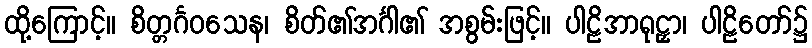
ထို့ကြောင့်။ စိတ္တင်္ဂဝသေန၊ စိတ်၏အင်္ဂါ၏ အစွမ်းဖြင့်။ ပါဠိအာရုဠှာ၊ ပါဠိတော်၌